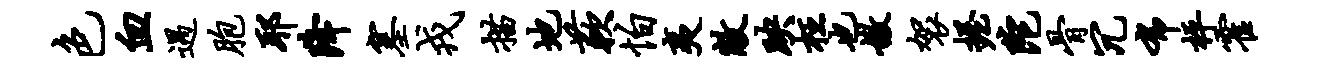
色血遇胞耶降塞戎描地蔌怕夷敝映枉也嫩袈握陀骨冗布枰霍